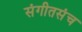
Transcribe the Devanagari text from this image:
संगीतसंच